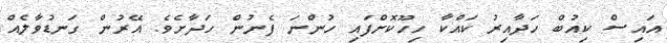
އައިސް ކިއުބް ހަދާއިރު ކައްކާ ހިހޫކޮށްފައި ހުންނަ ފެނުން ހަދާށެވެ. އޭރުން ގަނޑުވާލެއް